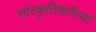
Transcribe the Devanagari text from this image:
सांस्कृतिकरीत्या